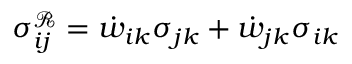
{ \sigma _ { i j } ^ { \mathcal { R } } } = \dot { w } _ { i k } \sigma _ { j k } + \dot { w } _ { j k } \sigma _ { i k }